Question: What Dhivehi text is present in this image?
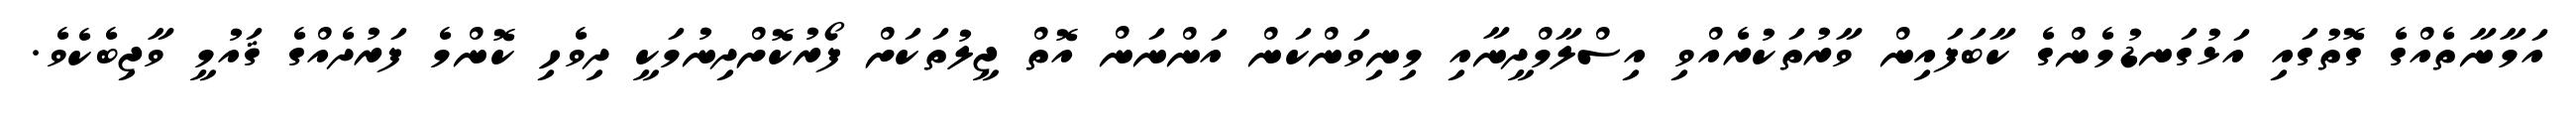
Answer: އަމާނާތެއްގެ ގޮތުގައި އަޅުގަނޑުމެންގެ ކާބަފައިން ވާރުތަކުރެއްވި އިސްލާމްދީނާއި މިނިވަންކަން އަންނަން އޮތް ޖީލުތަކަށް ފޯރުކޮށްދިނުމަކީ ދިވެހި ކޮންމެ ފަރުދެއްގެ ޤައުމީ ވާޖިބެކެވެ.